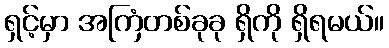
ရှင့်မှာ အကြံတစ်ခုခု ရှိကို ရှိရမယ်။